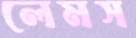
লেমস